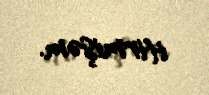
itirmişəm.